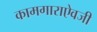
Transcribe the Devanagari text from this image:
कामगाराऐवजी